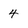
Character: 4